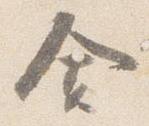
舎